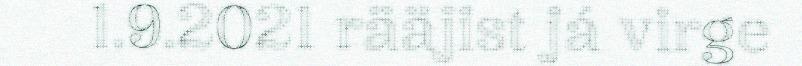
1.9.2021 rääjist já virge